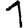
Digit: 1